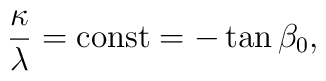
\frac{\kappa}{\lambda} = {\rm const} = -\tan{\beta_0} ,